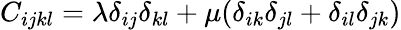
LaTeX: C_{ijkl}=\lambda\delta_{ij}\delta_{kl}+\mu(\delta_{ik}\delta_{jl}+\delta_{il}\delta_{jk})